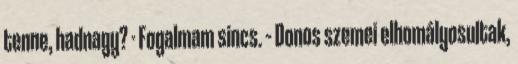
tenne, hadnagy? - Fogalmam sincs. – Donos szemei elhomályosultak,